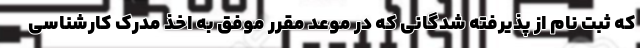
که ثبت نام از پذیرفته شدگانی که در موعد مقرر موفق به اخذ مدرک کارشناسی